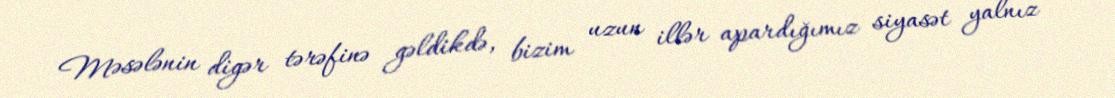
Məsələnin digər tərəfinə gəldikdə, bizim uzun illər apardığımız siyasət yalnız